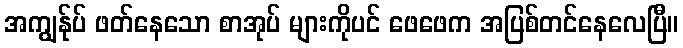
အကျွန်ုပ် ဖတ်နေသော စာအုပ် များကိုပင် ဖေဖေက အပြစ်တင်နေလေပြီ။